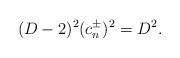
LaTeX: \begin{align*}(D-2)^{2} (c_{n}^{\pm})^{2}=D^{2}. \end{align*}